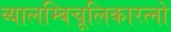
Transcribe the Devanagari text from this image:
व्यालम्बिचूलिकारत्नो